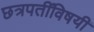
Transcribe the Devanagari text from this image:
छत्रपतींविषयी